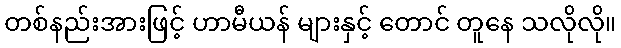
တစ်နည်းအားဖြင့် ဟာမီယန် များနှင့် တောင် တူနေ သလိုလို။